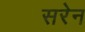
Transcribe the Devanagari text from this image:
सरेन